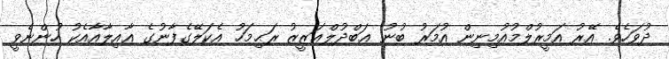
ދުވަހެވެ. އޭރު އަމީރުލްމުއުމިނިން އުމަރު ބުނު ޢަބްދުލްޢަޒީޒު ރަޙިމަހު އެކަލޭގެފާނުގެ ޢާއިލާއާއެކު ހުންނެވީ